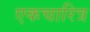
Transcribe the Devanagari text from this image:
एकचारित्र